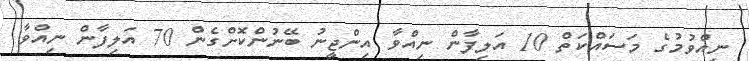
ނިއްވުމުގެ މަސައްކަތް 10 އަލިފާން ނިއްވާ އިންޖީނު ބޭނުންކޮށްގެން 70 އަލިފާން ނިއްވާ